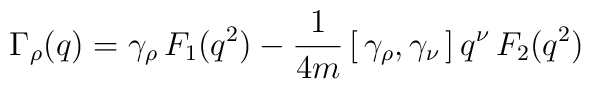
\Gamma_\rho(q)= \gamma_\rho\, F_1(q^2)- \frac{1}{4 m} \,[\,\gamma_\rho,\gamma_\nu\,]\, q^\nu\, F_2(q^2)